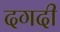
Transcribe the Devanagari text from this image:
दगदी